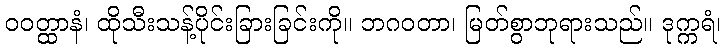
ဝဝတ္ထာနံ၊ ထိုသီးသန့်ပိုင်းခြားခြင်းကို။ ဘဂဝတာ၊ မြတ်စွာဘုရားသည်။ ဒုက္ကရံ၊